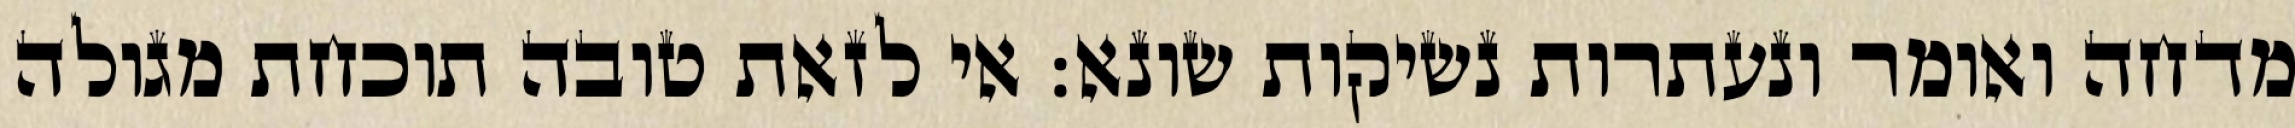
מדחה ואומר ונעתרות נשיקות שונא: אי לזאת טובה תוכחת מגולה